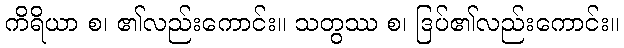
ကိရိယာ စ၊ ၏လည်းကောင်း။ သတွဿ စ၊ ဒြပ်၏လည်းကောင်း။